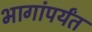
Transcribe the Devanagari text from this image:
भागांपर्यंत